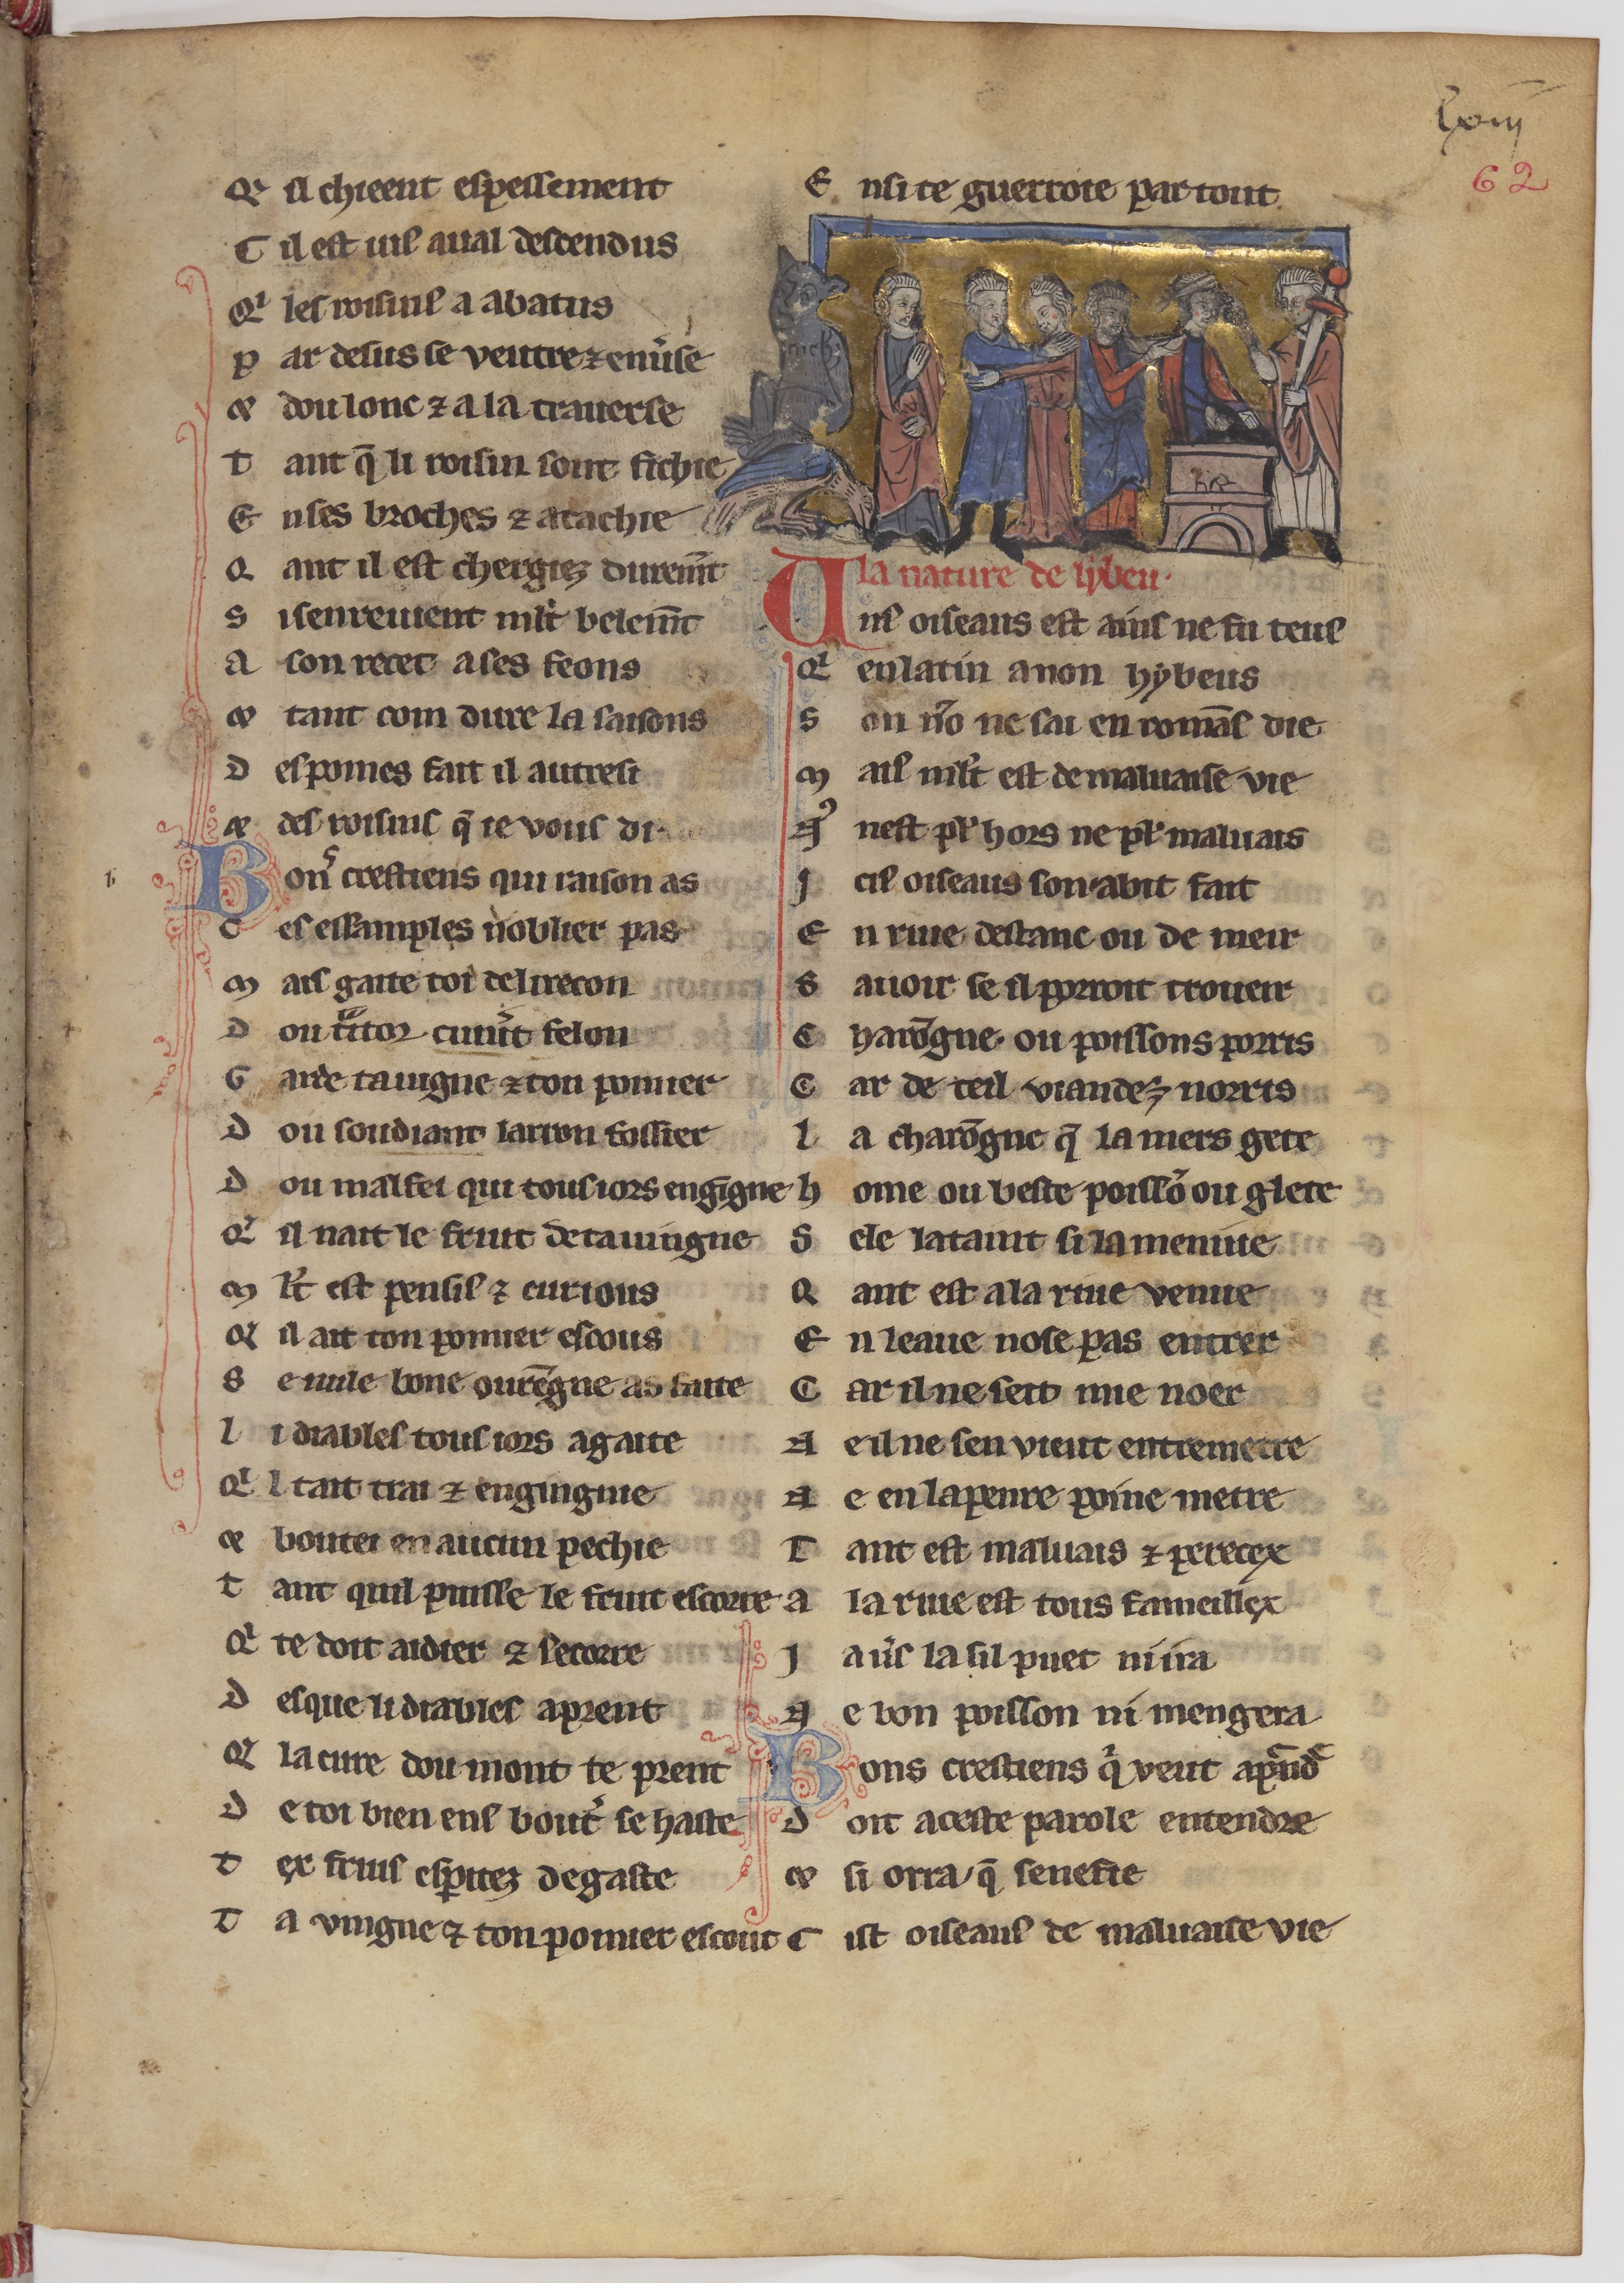
Shelfmark: Paris, BnF, fr. 24428
Century: 13